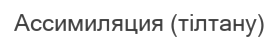
Ассимиляция (тілтану)